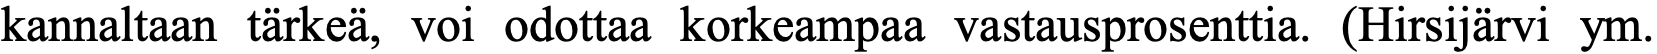
kannaltaan tärkeä, voi odottaa korkeampaa vastausprosenttia. (Hirsijärvi ym.